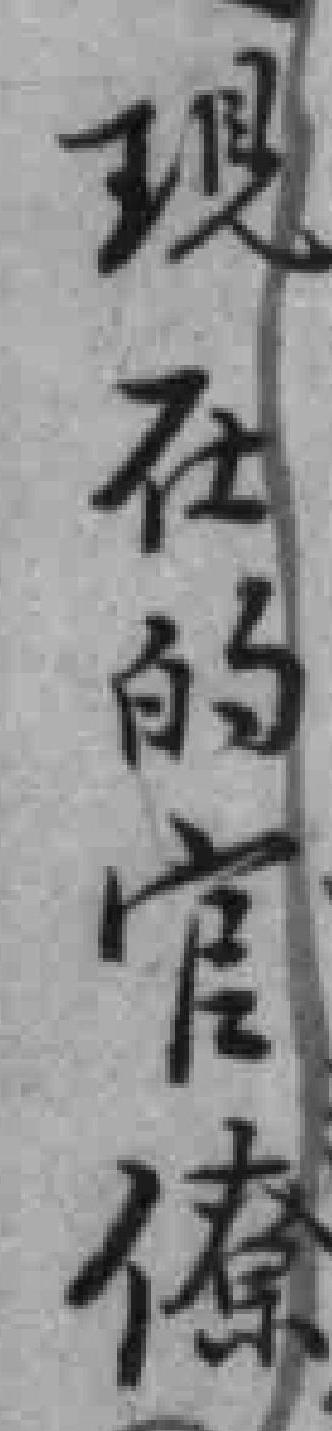
現在的官僚